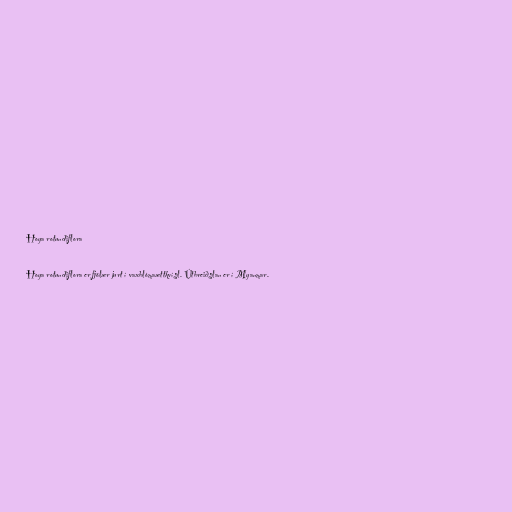
Hoya rotundiflora

Hoya rotundiflora er fjölær jurt í vaxblómaættkvísl. Útbreiðslan er í Myanmar.